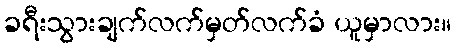
ခရီးသွားချက်လက်မှတ်လက်ခံ ယူမှာလား။